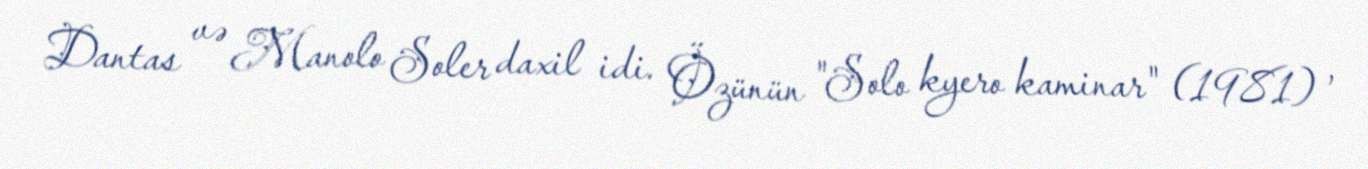
Dantas və Manolo Soler daxil idi. Özünün "Solo kyero kaminar" (1981) ,